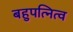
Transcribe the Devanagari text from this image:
बहुपत्नित्व